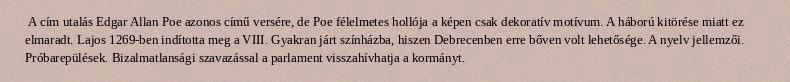
A cím utalás Edgar Allan Poe azonos című versére, de Poe félelmetes hollója a képen csak dekoratív motívum. A háború kitörése miatt ez elmaradt. Lajos 1269-ben indította meg a VIII. Gyakran járt színházba, hiszen Debrecenben erre bőven volt lehetősége. A nyelv jellemzői. Próbarepülések. Bizalmatlansági szavazással a parlament visszahívhatja a kormányt.